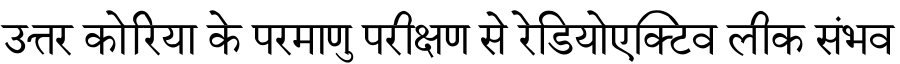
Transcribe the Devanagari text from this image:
उत्तर कोरिया के परमाणु परीक्षण से रेडियोएक्टिव लीक संभव